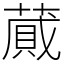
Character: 蕆